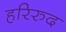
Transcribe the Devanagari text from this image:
हरिरुद